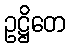
ဥဋ္ဌိတေ